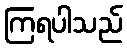
ကြရပါသည်